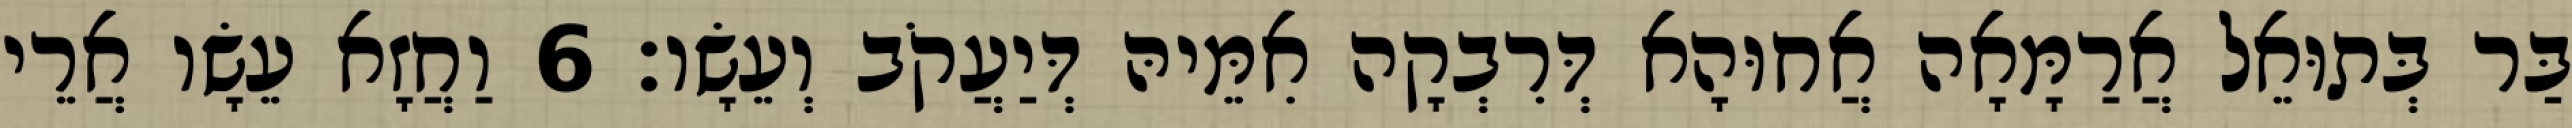
בַּר בְּתוּאֵל אֲרַמָּאָה אֲחוּהָא דְּרִבְקָה אִמֵּיהּ דְּיַעֲקֹב וְעֵשָׂו׃ 6 וַחֲזָא עֵשָׂו אֲרֵי